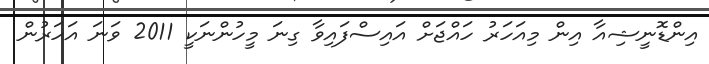
އިންޑޮނީޝިއާ އިން މިއަހަރު ހައްޖަށް އައިސްފައިވާ ގިނަ މީހުންނަކީ 2011 ވަނަ އަހަރުން